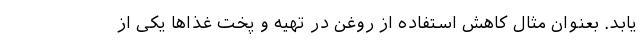
یابد. بعنوان مثال کاهش استفاده از روغن در تهیه و پخت غذاها یکی از